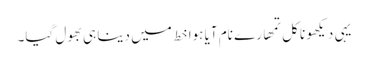
یہی دیکھو نا کل تمھارے نام آیا ہوا خط میں دینا ہی بھول گیا۔